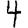
Digit: 4